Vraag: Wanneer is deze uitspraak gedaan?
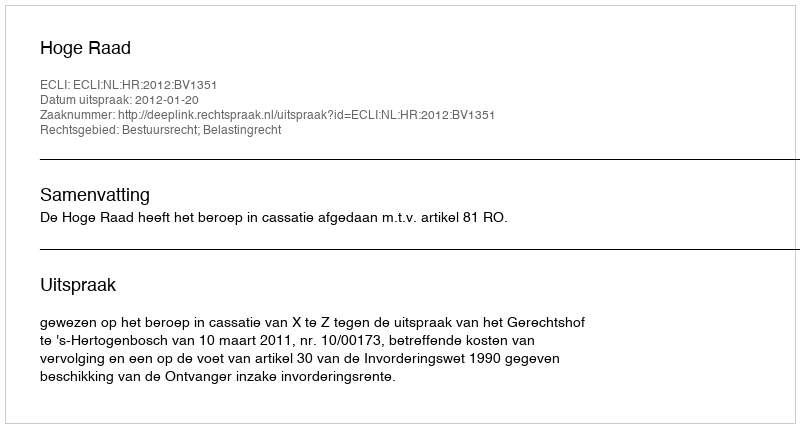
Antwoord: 2012-01-20